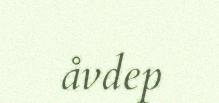
åvdep